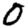
Digit: 0